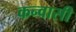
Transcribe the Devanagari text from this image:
कन्वासी